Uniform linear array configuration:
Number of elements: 48
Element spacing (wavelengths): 0.25
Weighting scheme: cosine
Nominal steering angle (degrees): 60
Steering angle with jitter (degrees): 58.952
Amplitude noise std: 0.05
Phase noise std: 0.05

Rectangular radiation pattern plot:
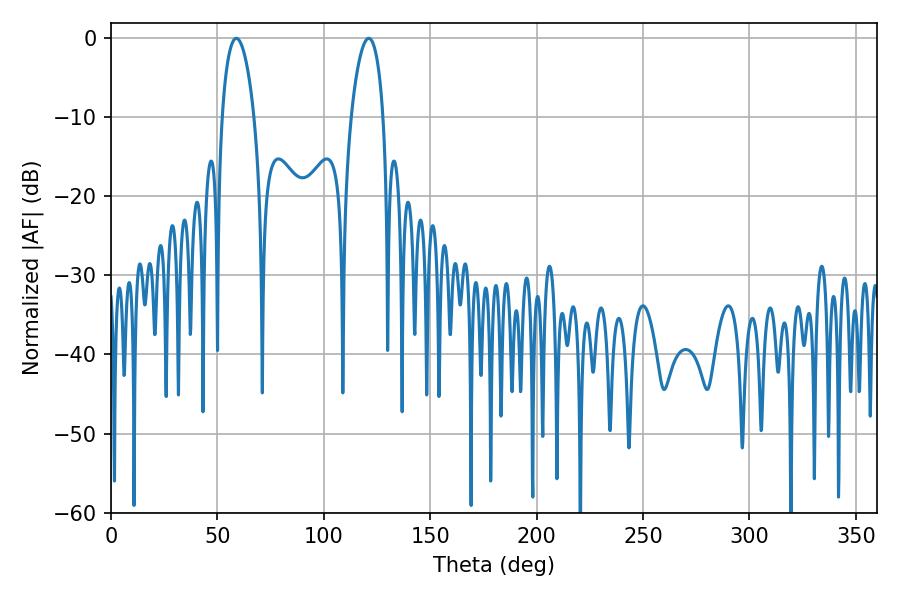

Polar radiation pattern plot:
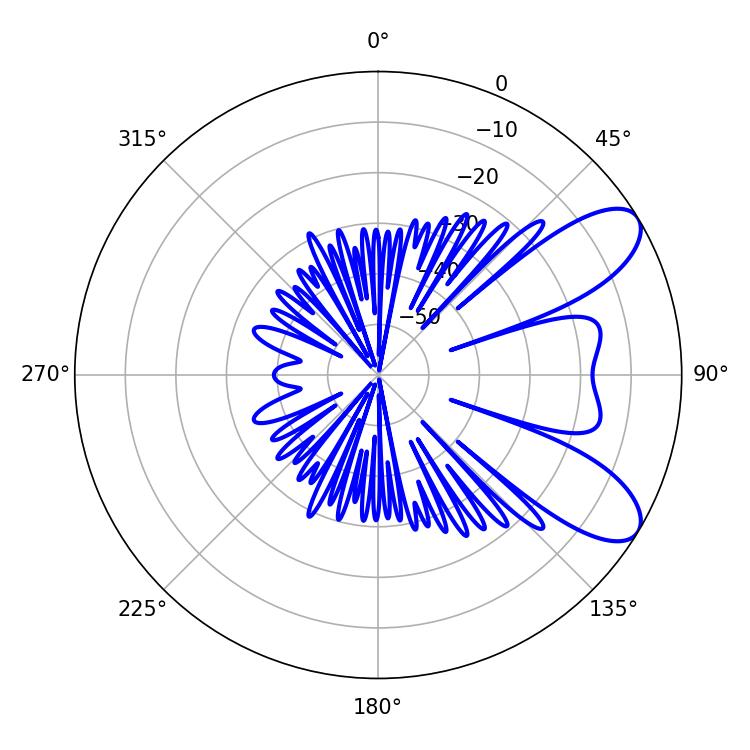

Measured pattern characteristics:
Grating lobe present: FALSE
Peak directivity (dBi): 8.452
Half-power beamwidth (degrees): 8.46
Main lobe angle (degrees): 58.86